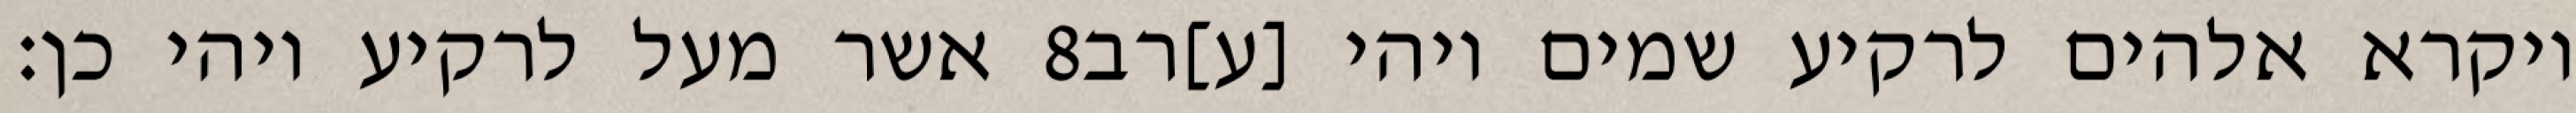
אשר מעל לרקיע ויהי כן׃ ‎8‏ ויקרא אלהים לרקיע שמים ויהי [ע]רב